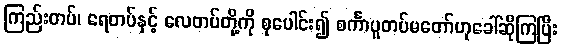
ကြည်းတပ်၊ ရေတပ်နှင့် လေတပ်တို့ကို စုပေါင်း၍ စင်္ကာပူတပ်မတော်ဟုခေါ်ဆိုကြပြီး